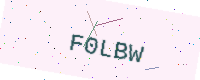
Text: F0LBW